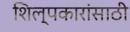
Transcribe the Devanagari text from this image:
शिल्पकारांसाठी